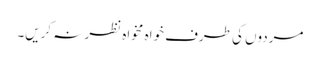
مردوں کی طرف خواہ مخواہ نظر نہ کریں۔